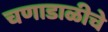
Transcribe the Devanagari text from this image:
चणाडाळीचे